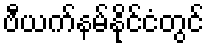
ဗီယက်နမ်နိုင်ငံတွင်